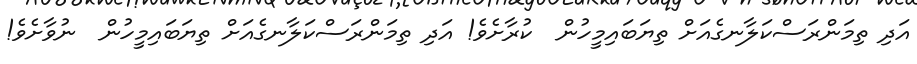
އަދި ތިމަންރަސްކަލާނގެއަށް ތިޔަބައިމީހުން  ކުރާށެވެ! އަދި ތިމަންރަސްކަލާނގެއަށް ތިޔަބައިމީހުން  ނުވާށެވެ!